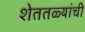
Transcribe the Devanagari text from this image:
शेततळ्यांची